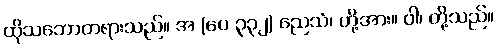
ထိုသဘောတရားသည်။ အ (ပေ ၃၃၂) ညေသံ၊ တို့အား။ ဝါ၊ တို့သည်။